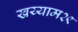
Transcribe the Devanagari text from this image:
खय्याम२९